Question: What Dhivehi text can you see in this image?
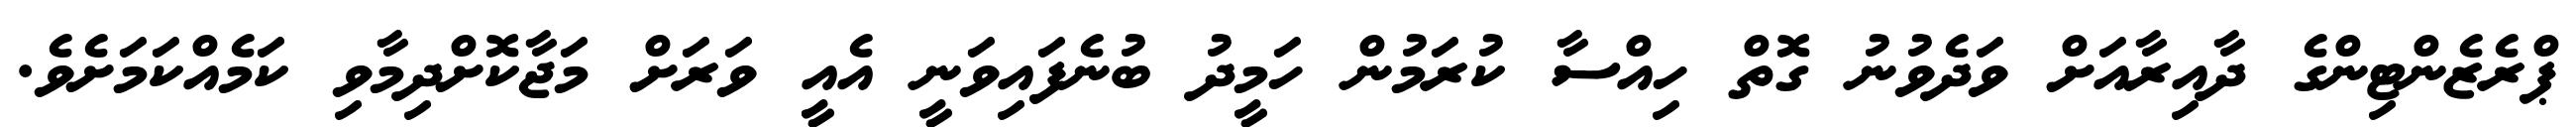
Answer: ޕްރެޒެންޓިންގެ ދާއިރާއަށް ވަދެވުނު ގޮތް ހިއްސާ ކުރަމުން ހަމީދު ބުނެފައިވަނީ އެއީ ވަރަށް މަޖާކޮށްދިމާވި ކަމެއްކަމަށެވެ.